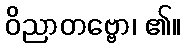
ဝိညာတဗ္ဗော၊ ၏။